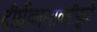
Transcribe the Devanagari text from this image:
दीर्घकालावधीमुळे